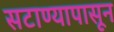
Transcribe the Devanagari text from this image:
सटाण्यापासून